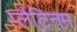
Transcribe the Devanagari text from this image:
प्लैटिनम